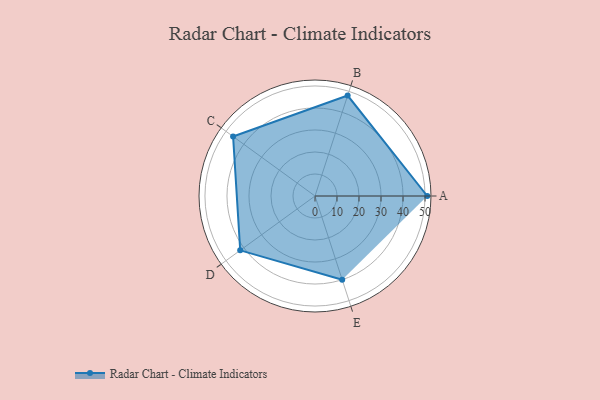
{"axis": {"x": "Skill", "y": "Score"}, "legend": ["Profile"], "data": [{"x": "A", "y": 51.0, "type": "Profile"}, {"x": "B", "y": 48.0, "type": "Profile"}, {"x": "C", "y": 46.0, "type": "Profile"}, {"x": "D", "y": 42.0, "type": "Profile"}, {"x": "E", "y": 40.0, "type": "Profile"}]}